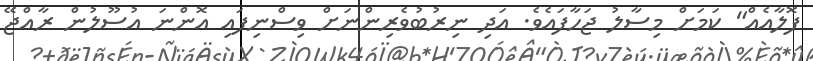
ފޮލާއެއް" ކަމަށް މިސާލު ޖަހާފައެވެ. އަދި ނިރުބުވެރިންނަށް ވިސްނިފައި އޮންނަ އުސޫލުން ރާއްޖޭ